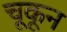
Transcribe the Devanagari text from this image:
चूकून